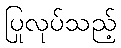
ပြုလုပ်သည့်